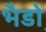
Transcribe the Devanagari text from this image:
भैडो़